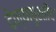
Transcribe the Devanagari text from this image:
देण्यापुरतीच